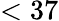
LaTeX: <37